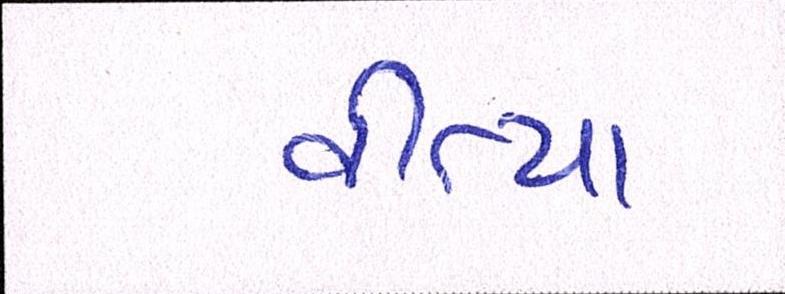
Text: વીત્યા